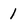
Character: 1